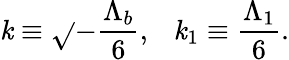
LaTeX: \mathit{k}\equiv\sqrt{}{{-\frac{{\Lambda_{b}}}{{6}}}},\ \ \ \mathit{k}_{1}\equiv\frac{{\Lambda_{1}}}{{6}}.